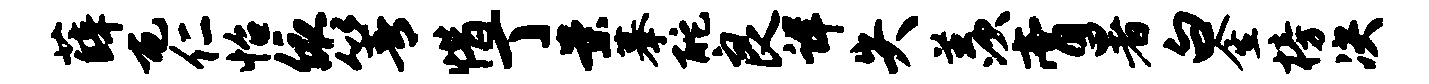
薛屯仁怡依箐惜丁案摹酡良详失羡膏暑白金榜决